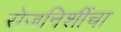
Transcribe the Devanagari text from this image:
रोजनिशींचा